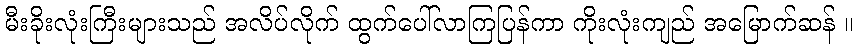
မီးခိုးလုံးကြီးများသည် အလိပ်လိုက် ထွက်ပေါ်လာကြပြန်ကာ ကိုးလုံးကျည် အမြောက်ဆန် ။